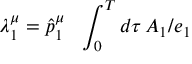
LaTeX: \lambda _ { 1 } ^ { \mu } = \hat { p } _ { 1 } ^ { \mu } \ \ \int _ { 0 } ^ { T } d \tau \, A _ { 1 } / e _ { 1 }